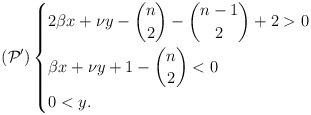
LaTeX: \begin{align*}(\mathcal{P}') \left\{ \begin{aligned}& 2\beta x +\nu y - \binom{n}{2} - \binom{n-1}{2} +2 > 0\\& \beta x + \nu y + 1 -\binom{n}{2} < 0\\& 0 <y .\end{aligned}\right.\end{align*}